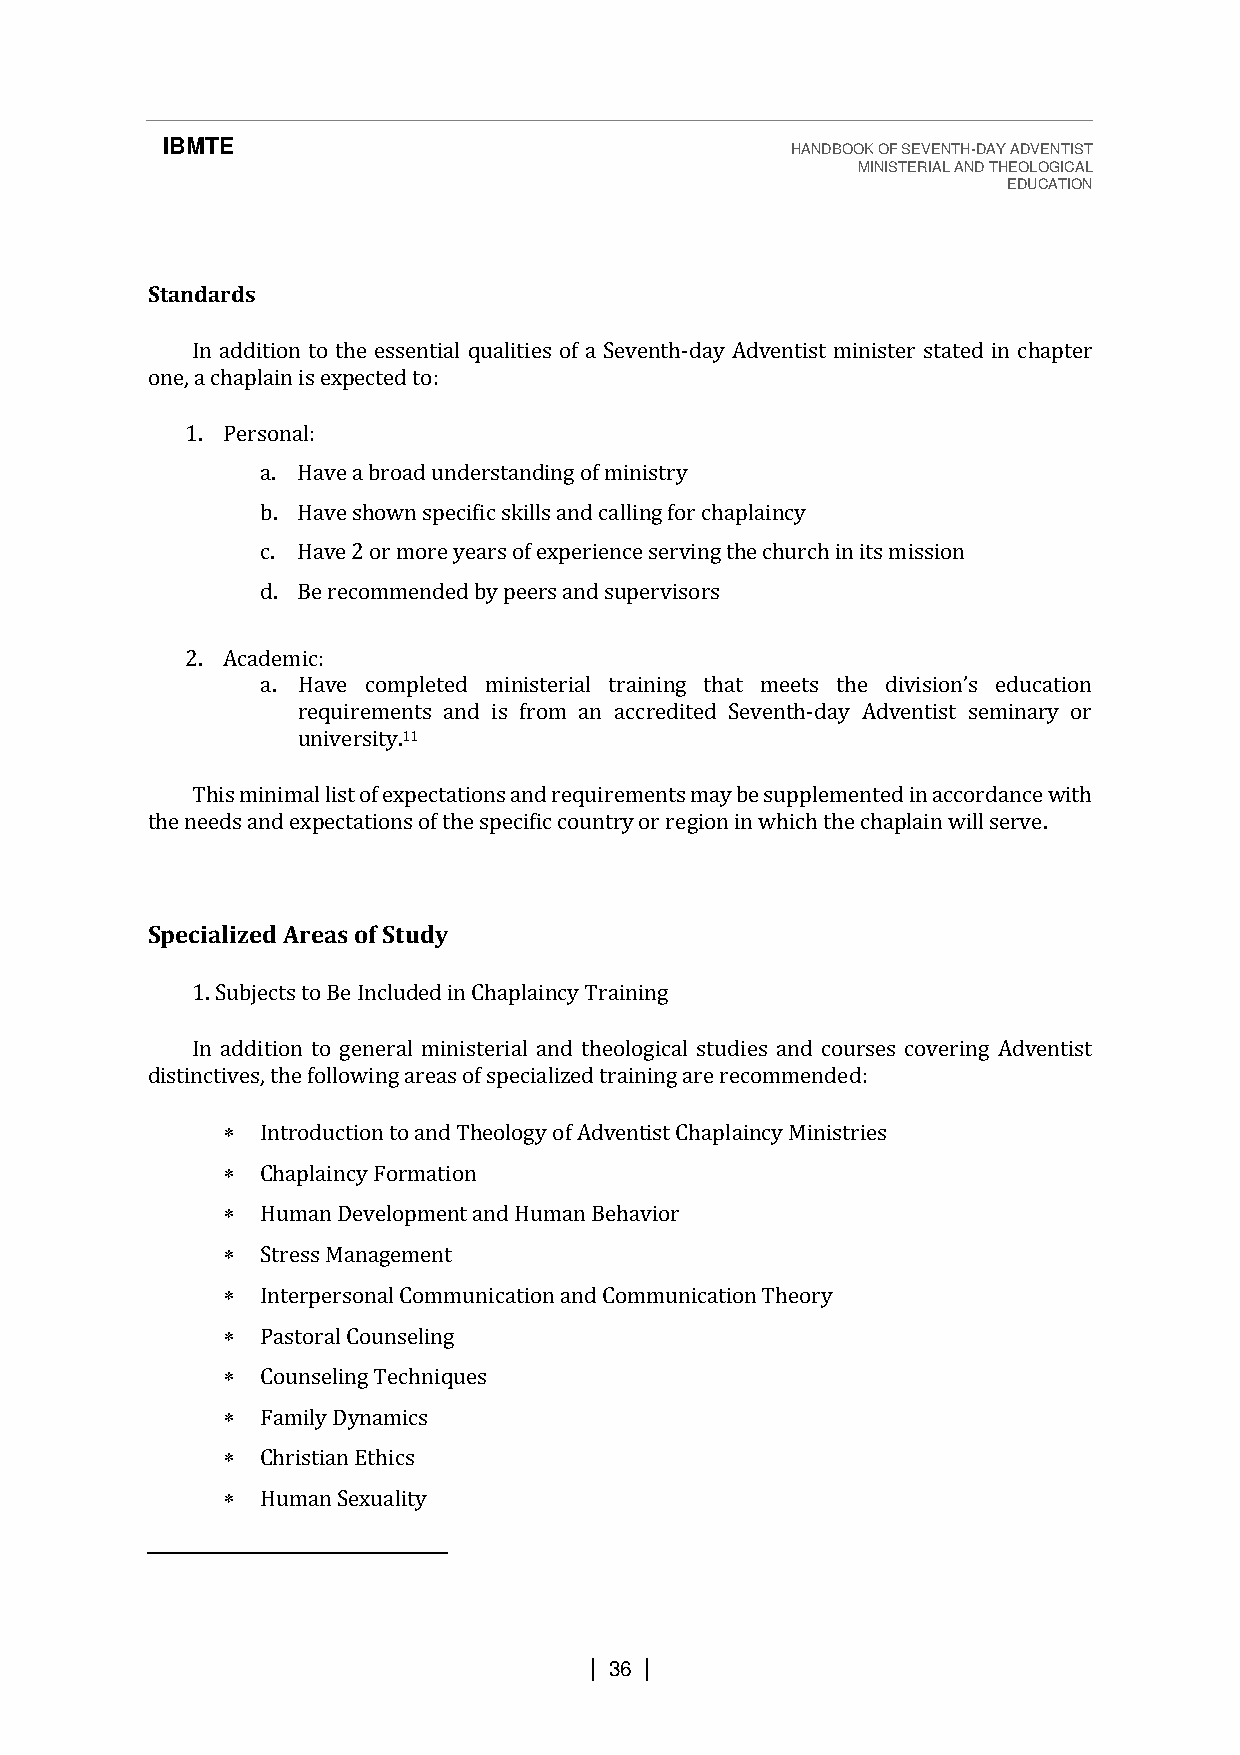
IBMTE                                    HANDBOOK OF SEVENTH-DAY ADVENTIST
 MINISTERIAL AND THEOLOGICAL
 EDUCATION
 Standards
 In addition to the essential qualities of a Seventh-day Adventist minister stated in chapter
 one, a chaplain is expected to:
 1. Personal:
 a. Have a broad understanding of ministry
 b. Have shown specific skills and calling for chaplaincy
 c. Have 2 or more years of experience serving the church in its mission
 d. Be recommended by peers and supervisors
 2. Academic:
 a.
 requirements and is from an accredited Seventh-day Adventist seminary or
 Hunaivvee rsciotym.1p1 leted ministerial training that meets the division’s education
 This minimal list of expectations and requirements may be supplemented in accordance with
 the needs and expectations of the specific country or region in which the chaplain will serve.
 Specialized Areas of Study
 1. Subjects to Be Included in Chaplaincy Training
 In addition to general ministerial and theological studies and courses covering Adventist
 distinctives, the following areas of specialized training are recommended:
  Introduction to and Theology of Adventist Chaplaincy Ministries
  Chaplaincy Formation
  Human Development and Human Behavior
  Stress Management
  Interpersonal Communication and Communication Theory
  Pastoral Counseling
  Counseling Techniques
  Family Dynamics
  Christian Ethics
  Human Sexuality
 | 36 |